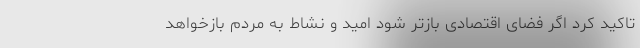
تاکید کرد اگر فضای اقتصادی بازتر شود امید و نشاط به مردم بازخواهد